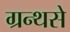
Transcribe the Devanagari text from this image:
ग्रन्थसे